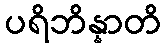
ပရိဘိန္နာတိ